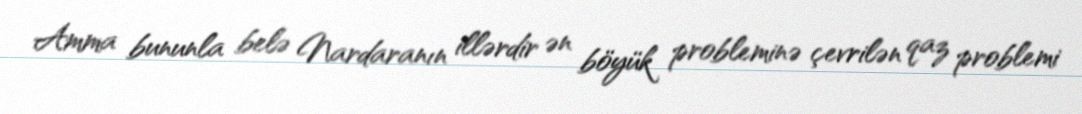
Amma bununla belə Nardaranın illərdir ən böyük probleminə çevrilən qaz problemi